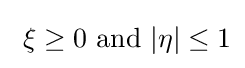
\ \xi \geq 0{\text{ and }}|\eta |\leq 1